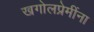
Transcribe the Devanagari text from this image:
खगोलप्रेमींना